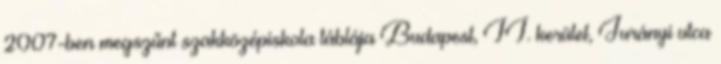
2007-ben megszűnt szakközépiskola táblája Budapest, II. kerület, Jurányi utca